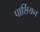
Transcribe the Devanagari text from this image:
पार्शियन